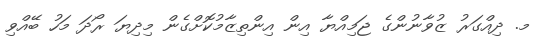
މ. ދިއްގަރު ޒުވާނުންގެ ޖަމިއްޔާ އިން އިންތިޒާމުކޮށްގެން މިދިޔަ ރޯދަ މަހު ބޭއްވި